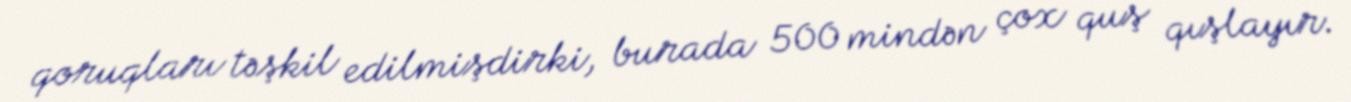
qoruqları təşkil edilmişdirki, burada 500 mindən çox quş qışlayır.